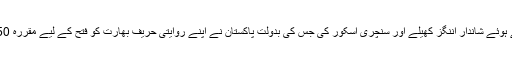
فخر زمان نے ناٹ آؤٹ کا فائدہ اٹھاتے ہوئے شاندار اننگز کھیلے اور سنچری اسکور کی جس کی بدولت پاکستان نے اپنے روایتی حریف بھارت کو فتح کے لیے مقررہ 50 اوورز میں 329 رنز کا ہدف دیا تھا۔